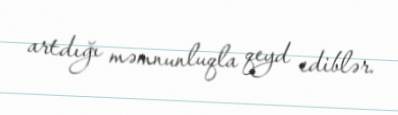
artdığı məmnunluqla qeyd ediblər.